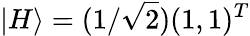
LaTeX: |H\rangle=(1/\sqrt{2})(1,1)^{T}